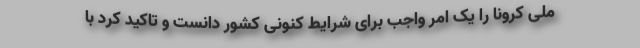
ملی کرونا را یک امر واجب برای شرایط کنونی کشور دانست و تاکید کرد با